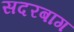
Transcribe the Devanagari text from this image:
सदरबाग